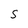
Character: 5